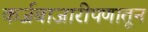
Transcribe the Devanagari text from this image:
कर्जबाजारीपणातून